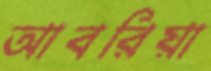
আবরিয়া